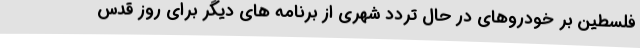
فلسطین بر خودروهای در حال تردد شهری از برنامه های دیگر برای روز قدس